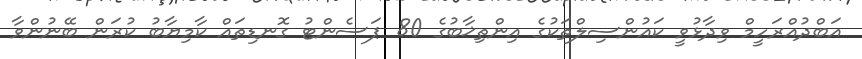
އަބްދުއްރަހީމް ވިދާޅުވީ ކައުންސިލްތަކުގެ އިންތިޚާބުގެ 80 ޕަސެންޓު ގޮނޑިތައް ކާމިޔާބު ކުރަން ބޭނުންވާ